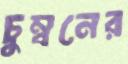
চুম্বনের